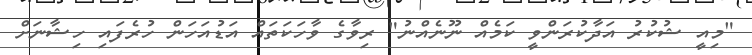
"މިއީ ޝުކުރު އަދާކުރަންވީ ކަމެއް ނޫނެއްނު" ރިވާގެ ވާހަކަތައް އަޑުއަހަން ހުރެފައި ހިޝާނަށް